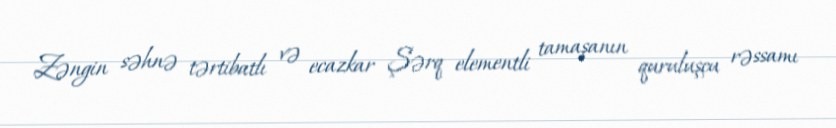
Zəngin səhnə tərtibatlı və ecazkar Şərq elementli tamaşanın quruluşçu rəssamı